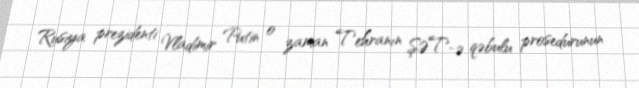
Rusiya prezidenti Vladimir Putin o zaman Tehranın ŞƏT-ə qəbulu prosedurunun